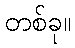
တစ်ခု။